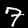
Digit: 7